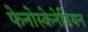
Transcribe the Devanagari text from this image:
फेनोस्केनेडियन